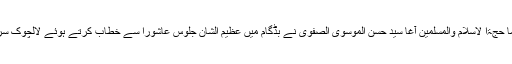
اس دوران انجمن شرعی شیعیان کے سربراہ اور سینئر حریت رہنما حجۃا لاسلام والمسلمین آغا سید حسن الموسوی الصفوی نے بڈگام میں عظیم الشان جلوس عاشورا سے خطاب کرتے ہوئے لالچوک سرینگر میں عزاداروں پر پولیس تشدد کی شدید الفاظ میں مذمت کی۔